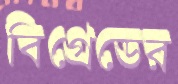
বিগ্রেডের